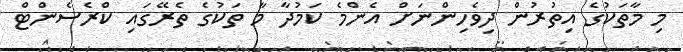
މި މާތަކުގެ އިތުރުން ދިވެހިންނަށް އެންމެ ކަމުދާ މާ ތަކުގެ ތެރޭގައި ކްރެސެންޓް